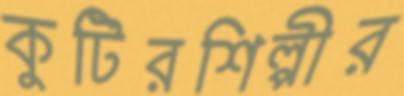
কুটিরশিল্পীর